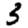
Digit: 3